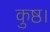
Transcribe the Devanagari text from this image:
कुष्ठ।